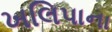
ખલિપાના